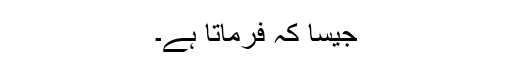
جیسا کہ فرماتا ہے۔